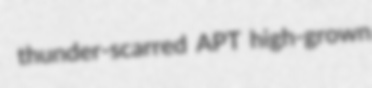
thunder-scarred APT high-grown